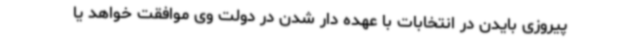
پیروزی بایدن در انتخابات با عهده دار شدن در دولت وی موافقت خواهد یا